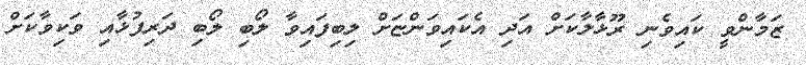
ޒަމާންވީ ކައިވެނި ރޫޅާލާކަށް އަދި އެކައިވަންޏަށް ލިބިފައިވާ ލޯބި ލޯބި ދަރިފުޅާއި ވަކިވާކަށް